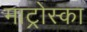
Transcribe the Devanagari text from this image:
माट्रोस्का